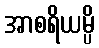
အာစရိယမ္ပိ